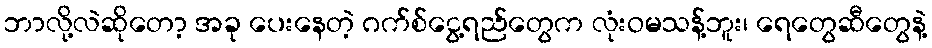
ဘာလို့လဲဆိုတော့ အခု ပေးနေတဲ့ ဂက်စ်ငွေ့ရည်တွေက လုံးဝမသန့်ဘူး၊ ရေတွေဆီတွေနဲ့